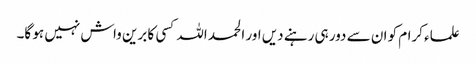
علماء کرام کو ان سے دور ہی رہنے دیں اور الحمد اللہ کسی کا برین واش نہیں ہو گا۔